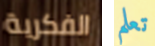
الفكرية تعلم